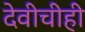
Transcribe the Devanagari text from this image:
देवीचीही